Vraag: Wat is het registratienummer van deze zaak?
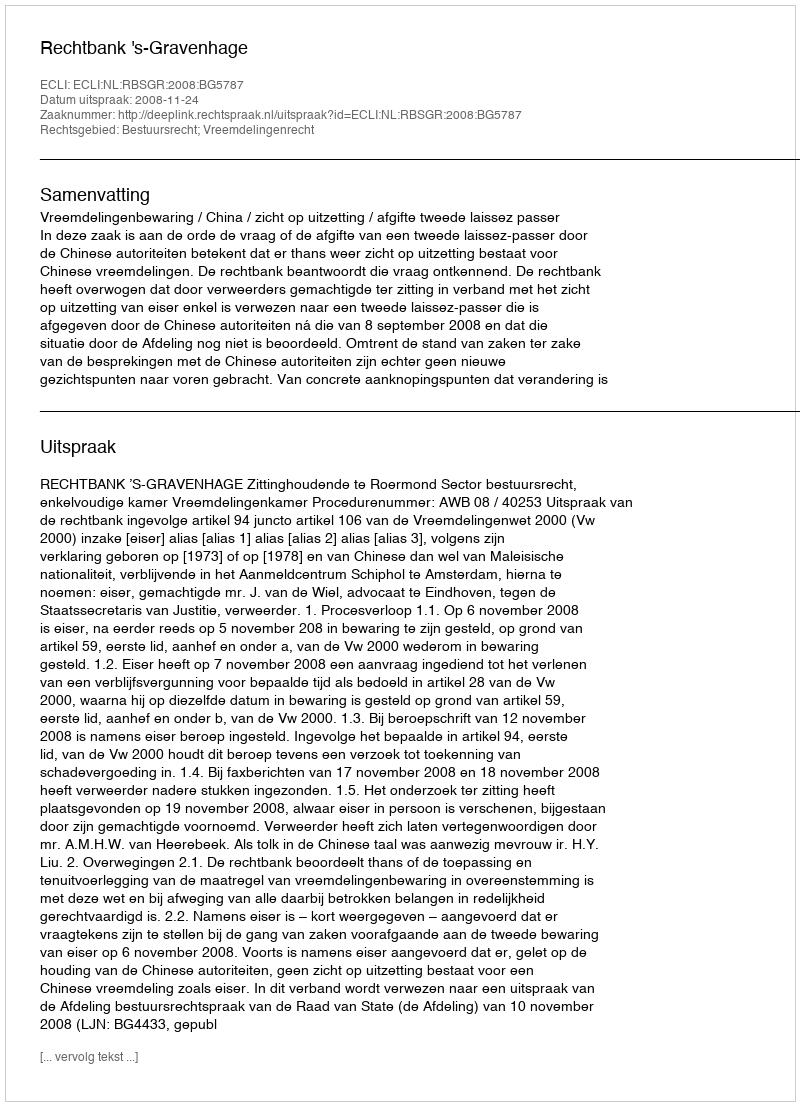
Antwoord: http://deeplink.rechtspraak.nl/uitspraak?id=ECLI:NL:RBSGR:2008:BG5787